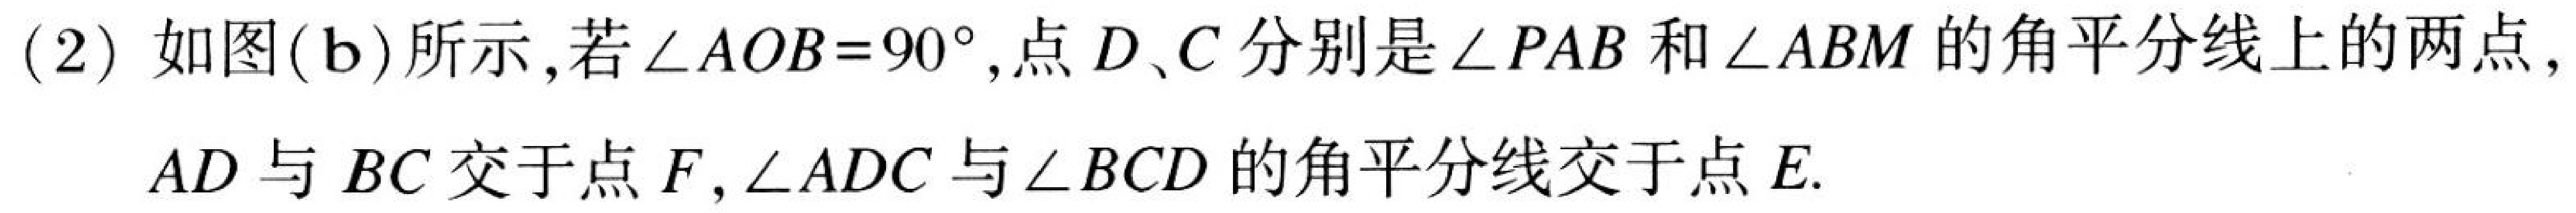
(2) 如图(b)所示,若\(\angle AOB = 90^{\circ}\),点\(D、C\)分别是\(\angle PAB\)和\(\angle ABM\)的角平分线上的两点,
\(AD\)与\(BC\)交于点\(F\),\(\angle ADC\)与\(\angle BCD\)的角平分线交于点\(E\).